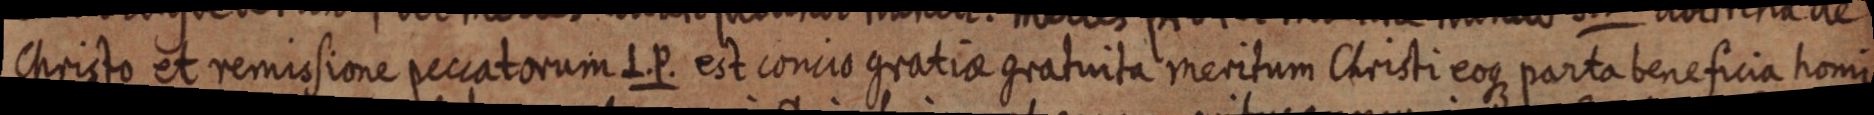
Christo et remissione peccatorum L. P. est concio gratiae gratuita meritum Christi eoque parta beneficia homi